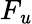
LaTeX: F_{\mathit{u}}